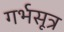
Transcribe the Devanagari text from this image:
गर्भसूत्र